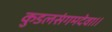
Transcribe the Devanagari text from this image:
कुडलसंगमदेवा।।